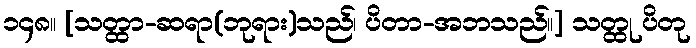
၁၄၈။ [သတ္ထာ-ဆရာ(ဘုရား)သည်၊ ပိတာ-အဘသည်။] သတ္ထု ပိတု